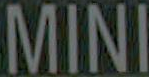
MINI